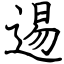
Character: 逷